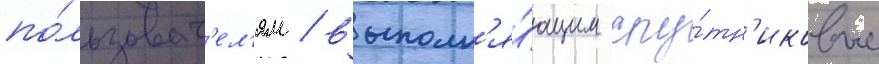
по́льзоват'ел'ям / выполн'я́ющим спу́тн'иковые